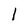
Character: l